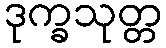
ဒုက္ခသုတ္တ